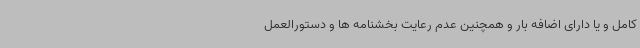
کامل و یا دارای اضافه بار و همچنین عدم رعایت بخشنامه ها و دستورالعمل